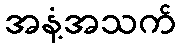
အနံ့အသက်